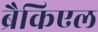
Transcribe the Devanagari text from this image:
ब्रैकिएल